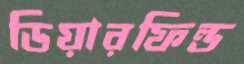
ডিয়ারফিল্ড